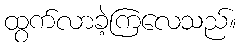
ထွက်လာခဲ့ကြလေသည်။